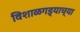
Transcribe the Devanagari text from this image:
विशाळगड्याच्या